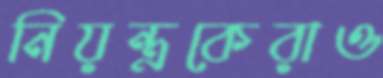
নিয়ন্ত্রকেরাও